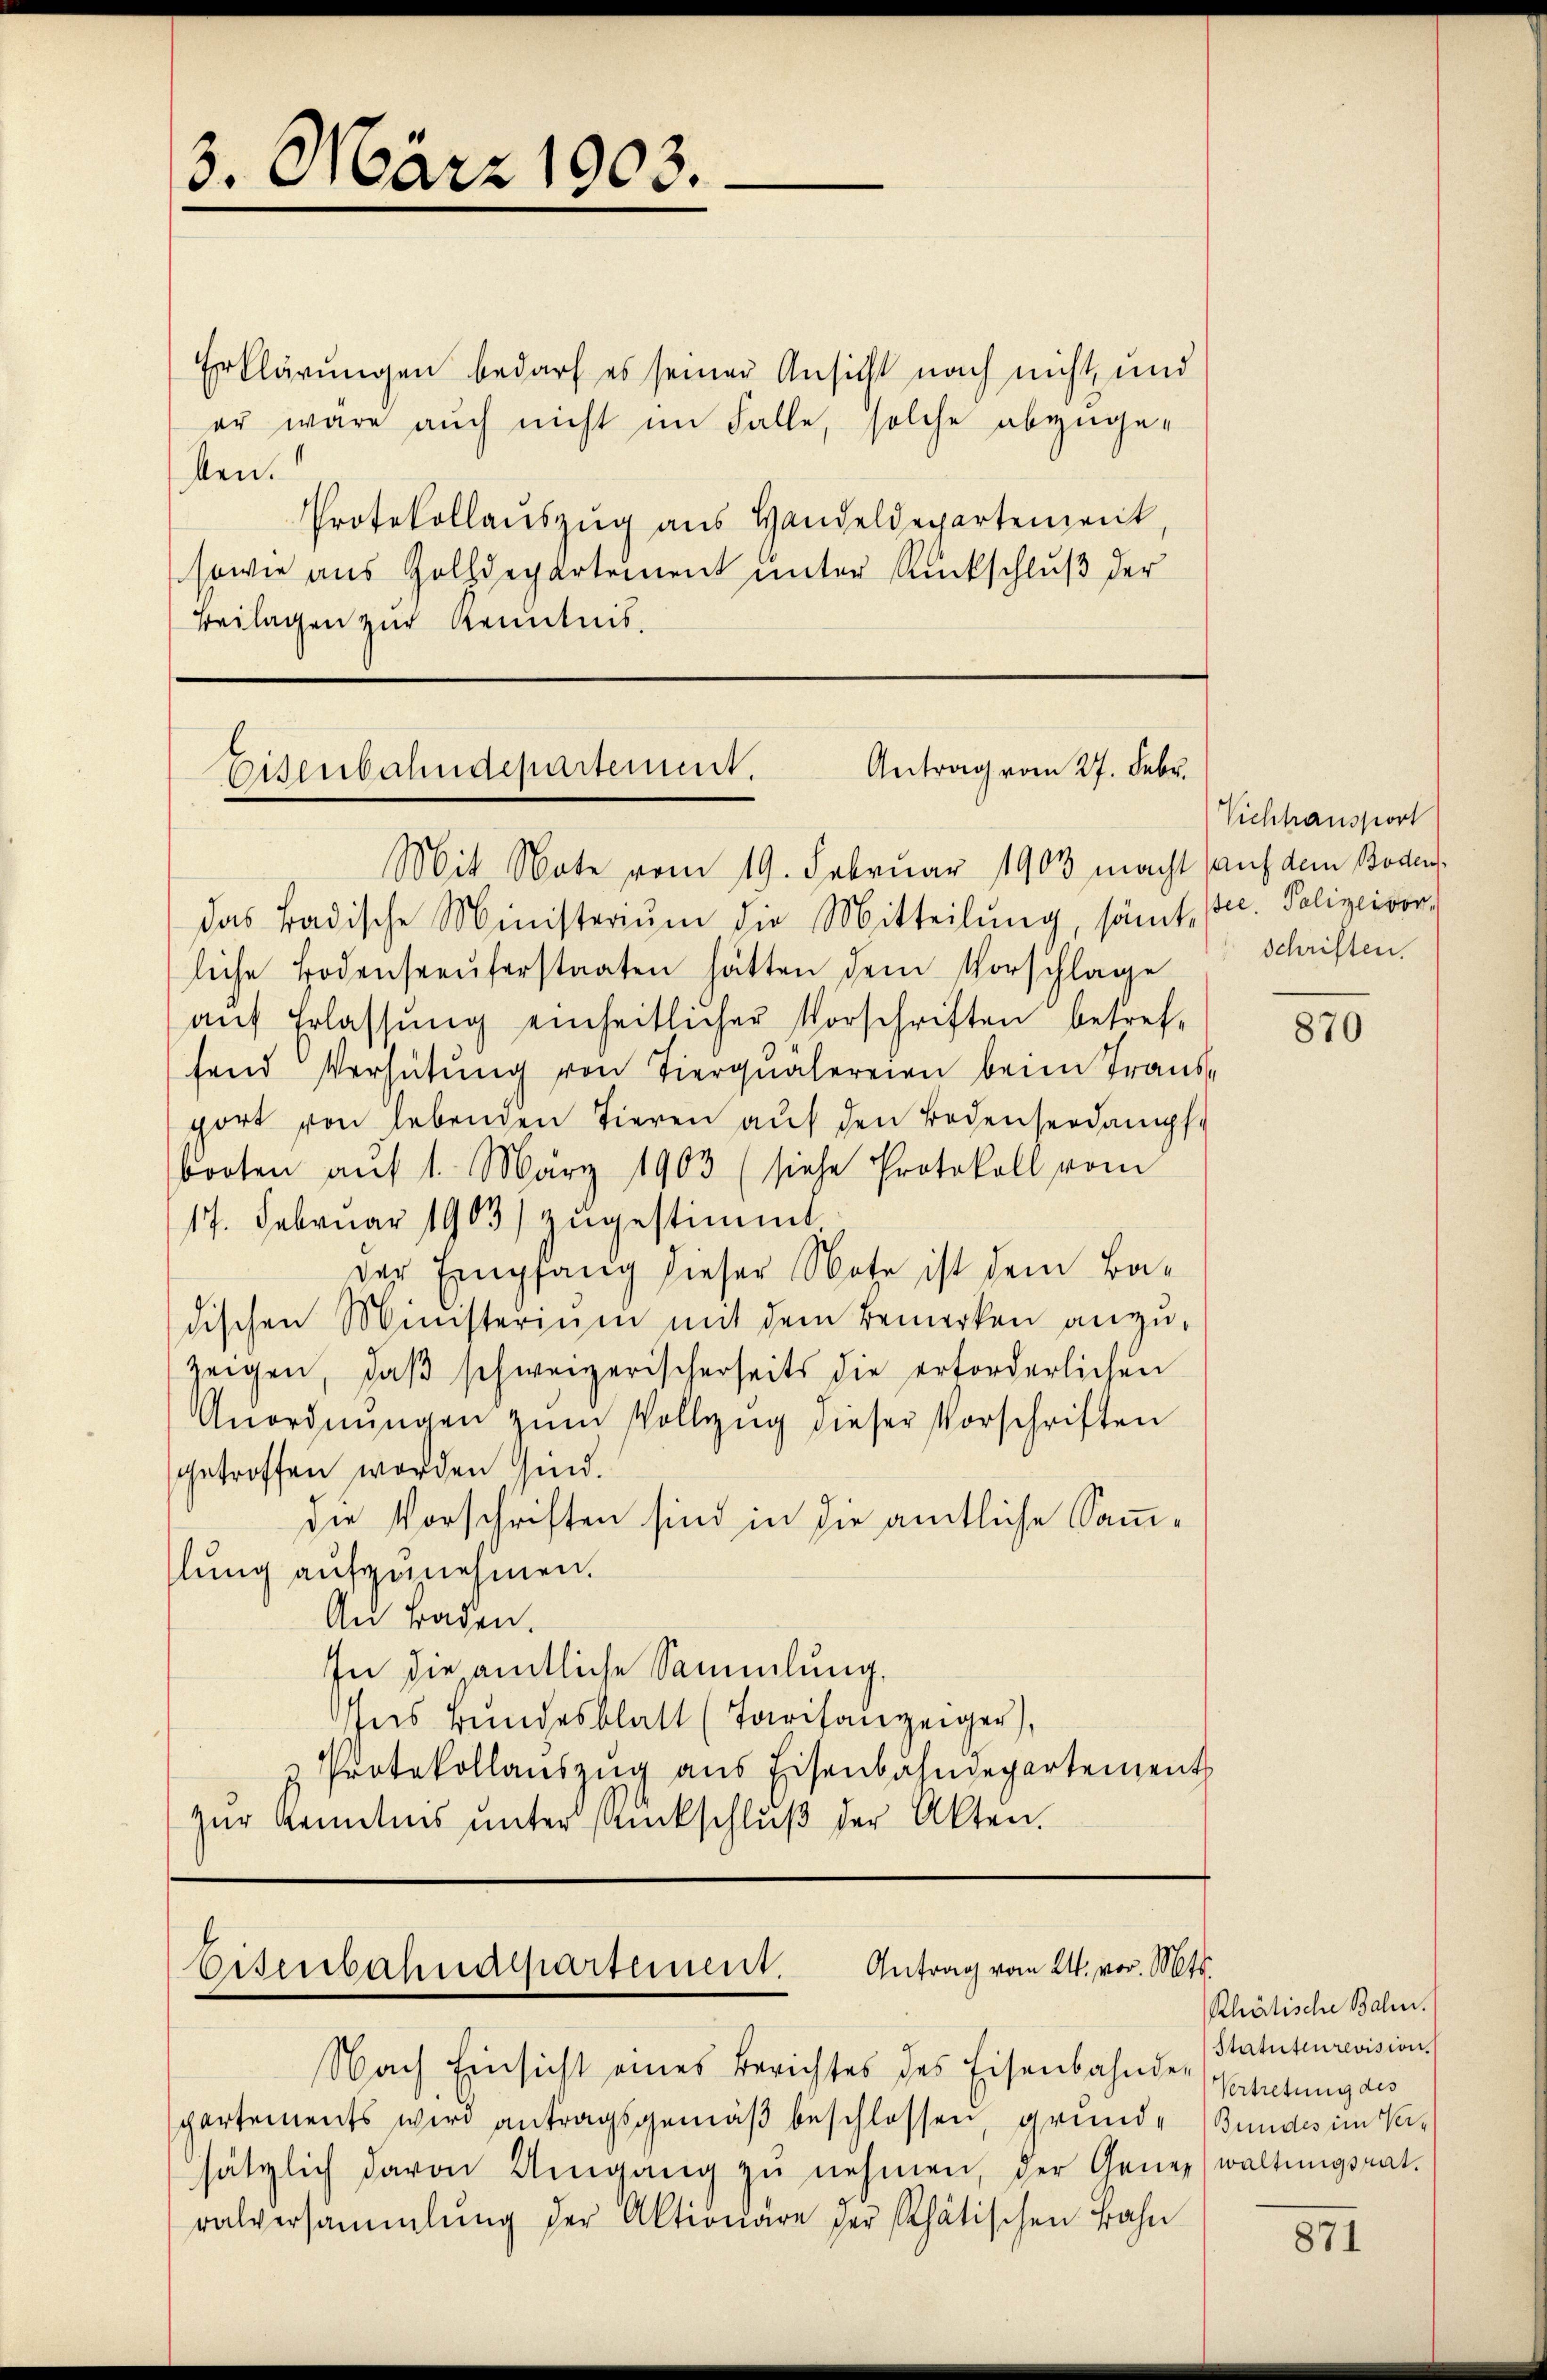
3. März 1903.

Erklärungen bedarf es seiner Ansicht nach nicht und
er wäre auch nicht im Falle, solche abzugelen.
Protokollauszug aus Handeldepartement,
sowie aus Holldepartement unter Rückschluß der
Beilagen zur Kenntnis.

Antrag vom 27. Febr.
Eisenbahndepartement.

Mit Note vom 19. Februar 1903 macht auf dem Bodendas Badische Ministerium die Mitteilung, sämt. (u. Polizeivor
liche Bodenseeŭferstaaten hätten dem Vorschlage
aŭf Erlassung einheitlicher Vorschriften betreffend Verhütŭng von Tierqŭälereien beim Trans-
port von Lebenden Tieren aŭf den Bedenserdampfe
booten auf 1. März 1903 (siehe Protokoll vom
17. Februar 1903) zugestimmt.
der Empfang dieser Note ist dem Badischen Ministerium mit dem Bemerken anzuzeigen, daβ schweizerischerseits die erforderlichen
Anordnŭngen zŭm Vollzŭg dieser Vorschriften
getroffen worden sind.
die Vorschriften sind in die amtliche Samlung aufzunehmen.
Au Baden.
In die amtliche Sammlung,
ses Bŭndesblatt (Tarifanzeiger),
u Protokollauszug aus Eisenbahndepartement
zŭr Kenntnis ŭnter Rückschlŭβ der Akten.

Eisenbahndepartement. Antrag vom 24. vor. Mts.

Nach Einsicht eines Berichtes des Eisenbahnder
partements wird antragsgemäß beschlossen, grunde Bundes im Versätzlich davon Umgang zŭ nehmen, der Generwaltungsrat
ralversammlung der Aktionäre der Rhätischen Bahn

Vichhausport
schriften.

870

Rhätische Bahn.
Statutenrevision.
Vertretung des

871